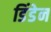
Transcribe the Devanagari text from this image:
डिंडेन